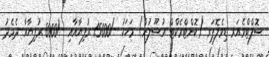
ސޮފްޓްވެއަރ ޑިވެލޮޕަރ (ކޮންޓްރެކްޓް އުސޫލުން) މަހަކު -/15000 ރުފިޔާއާއި -/8000 ރުފިޔާއާ ދެމެދު